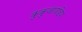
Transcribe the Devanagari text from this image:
कुकुजायडिया